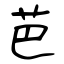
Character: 芭